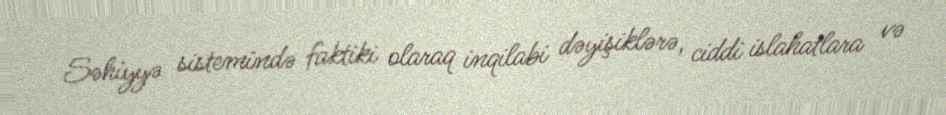
Səhiyyə sistemində faktiki olaraq inqilabi dəyişiklərə, ciddi islahatlara və